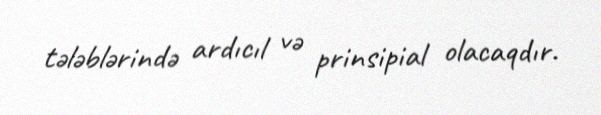
tələblərində ardıcıl və prinsipial olacaqdır.